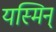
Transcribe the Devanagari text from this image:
यस्मिन्‌